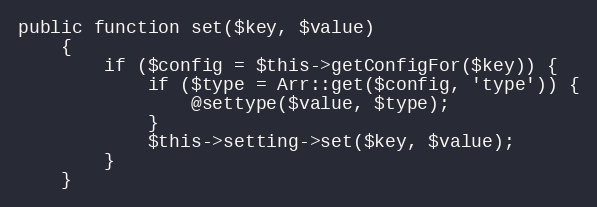
Language: PHP
public function set($key, $value)
    {
        if ($config = $this->getConfigFor($key)) {
            if ($type = Arr::get($config, 'type')) {
                @settype($value, $type);
            }
            $this->setting->set($key, $value);
        }
    }